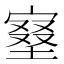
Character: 𡩿